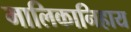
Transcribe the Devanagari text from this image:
मालिकानिहाय